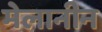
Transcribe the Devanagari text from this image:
मेलानीन